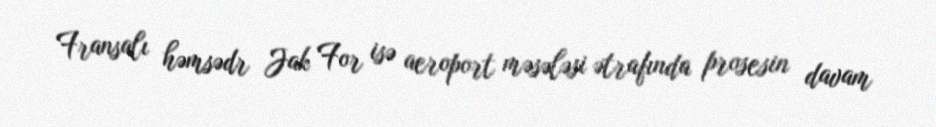
Fransalı həmsədr Jak For isə aeroport məsələsi ətrafında prosesin davam